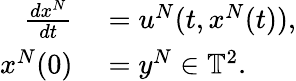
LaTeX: \begin{array}{rl}{\frac{dx^{N}}{dt}}&{{}=u^{N}(t,x^{N}(t)),}\\ {x^{N}(0)}&{{}=y^{N}\in\mathbb{T}^{2}.}\end{array}